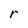
Character: r